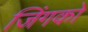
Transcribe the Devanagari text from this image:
जिंगको